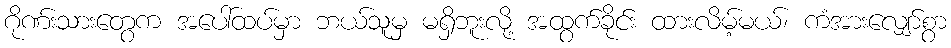
ဂိုဏ်းသားတွေက အပေါ်ထပ်မှာ ဘယ်သူမှ မရှိဘူးလို့ အထွက်ခိုင်း ထားလိမ့်မယ်၊ ကံအားလျှော်စွာ